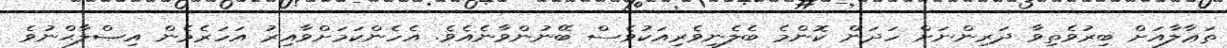
ތަޢާލާއަށް ބިރުވެތިވާ ދަރިންނަށް ހަދަން ކޮންމެ ބެލެނިވެރިއަކުވެސް ބޭނުންވާނެއެވެ. އެހެންކަމަށްވާއިރު އަހަރެމެން އިޞްލާޙްނުވެ